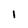
Character: I